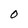
Character: 0